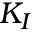
K _ { I }